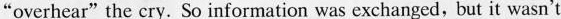
"overhear"the cry.So information was exchanged,but it wasn't